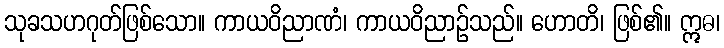
သုခသဟဂုတ်ဖြစ်သော။ ကာယဝိညာဏံ၊ ကာယဝိညာဉ်သည်။ ဟောတိ၊ ဖြစ်၏။ ဣဓ၊